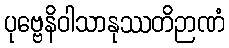
ပုဗ္ဗေနိဝါသာနုဿတိဉာဏံ